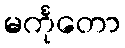
မင်္ကုတော